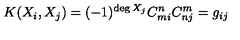
K ( X _ { i } , X _ { j } ) = ( - 1 ) ^ { \deg X _ { j } } C _ { m i } ^ { n } C _ { n j } ^ { m } = g _ { i j }